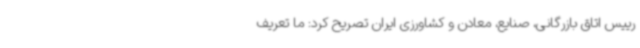
رییس اتاق بازرگانی، صنایع، معادن و کشاورزی ایران تصریح کرد: ما تعریف